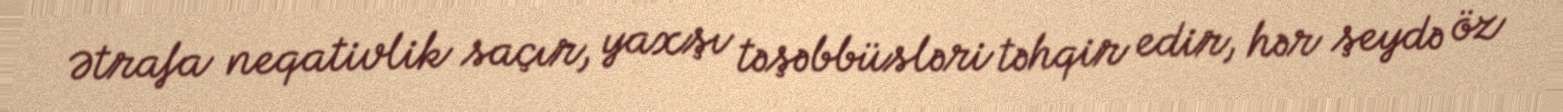
Ətrafa neqativlik saçır, yaxşı təşəbbüsləri təhqir edir, hər şeydə öz